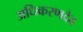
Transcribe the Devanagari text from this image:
अधिकरणदेव